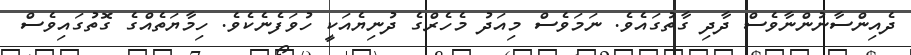
ދެއިންސާނުންނާވެސް ދާދި ގާތުގައެވެ. ނަމަވެސް މިއަދު މެހެރްގެ ދުނިޔެއަކީ ހުވަފެނެކެވެ. ހިމާޔަތެއްގެ ގޮތުގައިވެސް